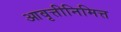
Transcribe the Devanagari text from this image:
आवृत्तीनिमित्त